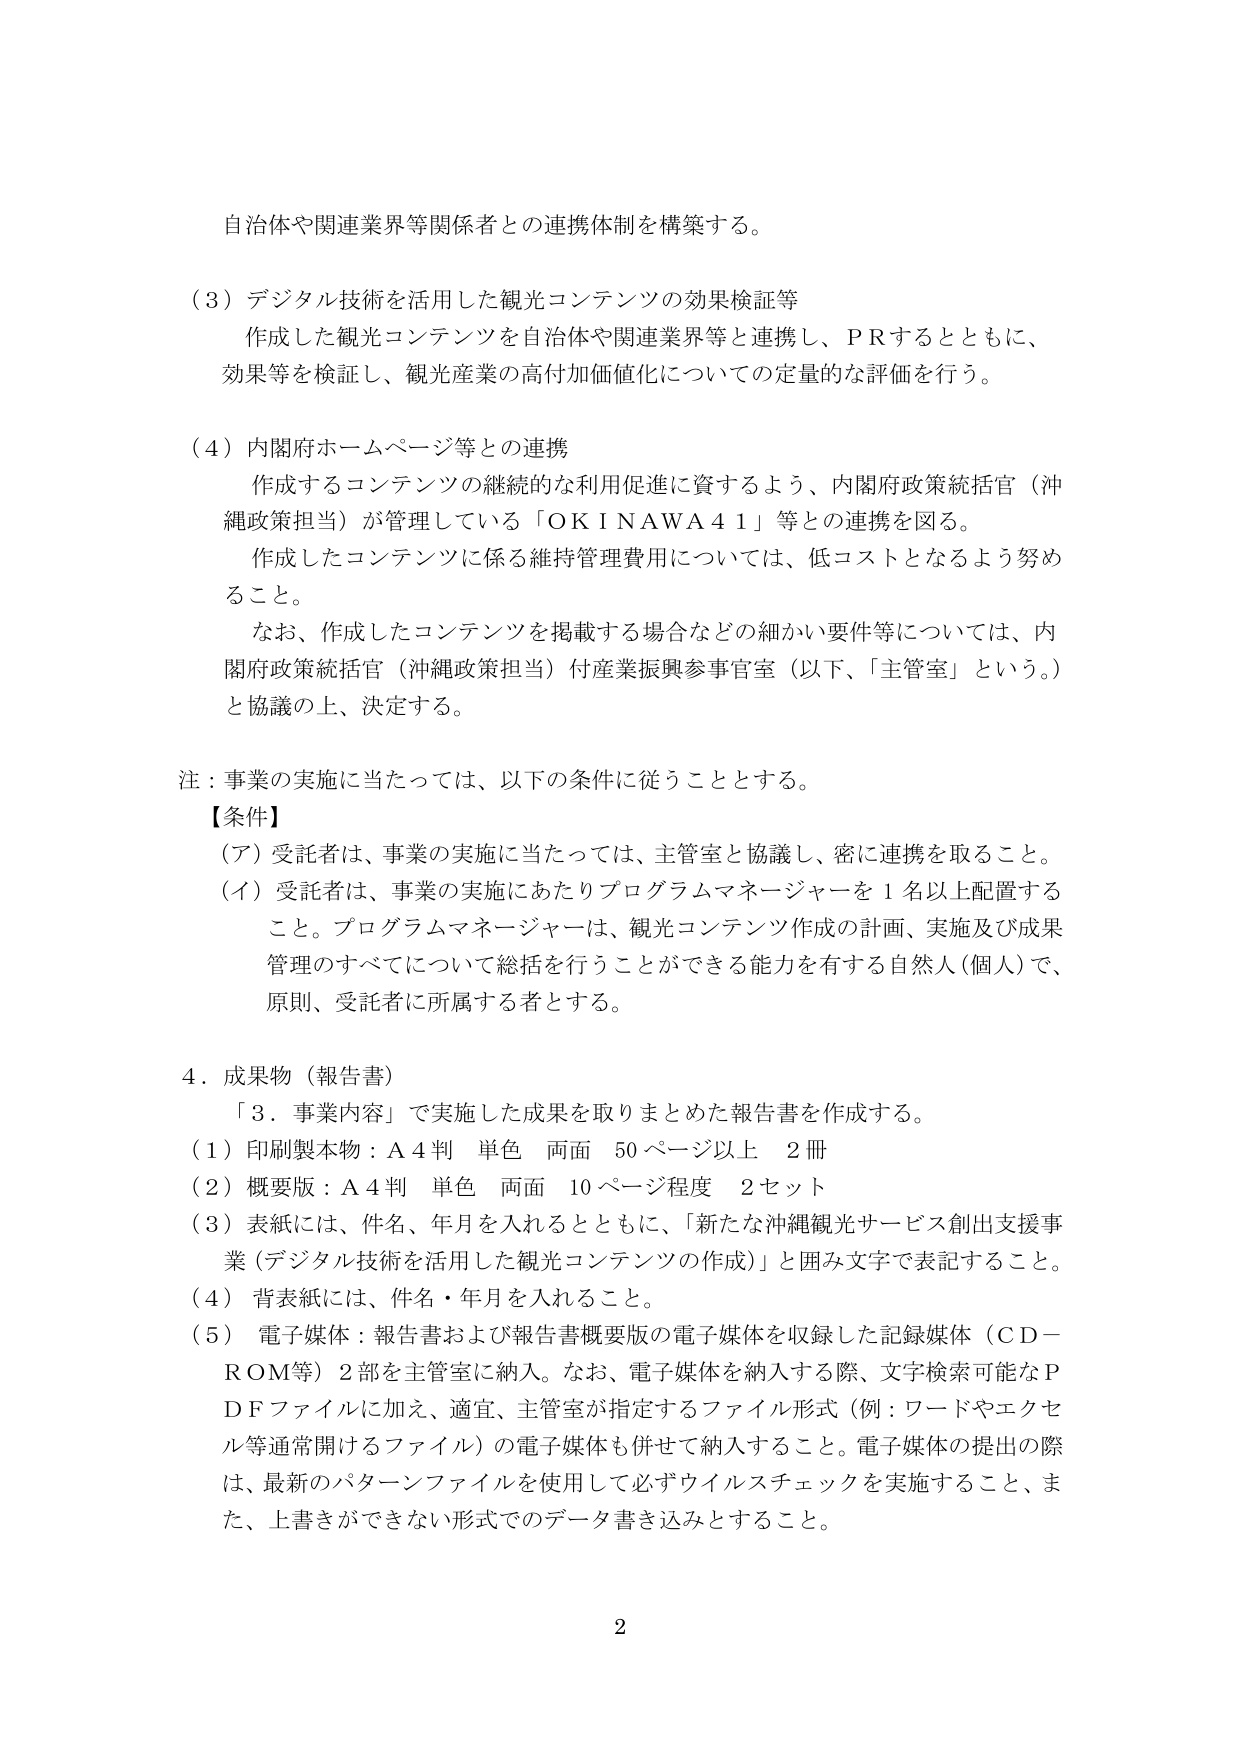
自治体や関連業界等関係者との連携体制を構築する。

（３）デジタル技術を活用した観光コンテンツの効果検証等
作成した観光コンテンツを自治体や関連業界等と連携し、ＰＲするとともに、
効果等を検証し、観光産業の高付加価値化についての定量的な評価を行う。

（４）内閣府ホームページ等との連携
作成するコンテンツの継続的な利用促進に資するよう、内閣府政策統括官（沖縄政策担当）が管理している「ＯＫＩＮＡＷＡ４１」等との連携を図る。
作成したコンテンツに係る維持管理費用については、低コストとなるよう努めること。
なお、作成したコンテンツを掲載する場合などの細かい要件等については、内閣府政策統括官（沖縄政策担当）付産業振興参事官室（以下、「主管室」という。）と協議の上、決定する。

注：事業の実施に当たっては、以下の条件に従うこととする。
【条件】
（ア）受託者は、事業の実施に当たっては、主管室と協議し、密に連携を取ること。
（イ）受託者は、事業の実施にあたりプログラムマネージャーを１名以上配置すること。プログラムマネージャーは、観光コンテンツ作成の計画、実施及び成果管理のすべてについて総括を行うことができる能力を有する自然人（個人）で、原則、受託者に所属する者とする。

４．成果物（報告書）
「３．事業内容」で実施した成果を取りまとめた報告書を作成する。
（１）印刷製本物：Ａ４判 単色 両面 50ページ以上 2冊
（２）概要版：Ａ４判 単色 両面 10ページ程度 2セット
（３）表紙には、件名、年月を入れるとともに、「新たな沖縄観光サービス創出支援事業（デジタル技術を活用した観光コンテンツの作成）」と囲み文字で表記すること。
（４）背表紙には、件名・年月を入れること。
（５）電子媒体：報告書および報告書概要版の電子媒体を収録した記録媒体（ＣＤ－ＲＯＭ等）2部を主管室に納入。なお、電子媒体を納入する際、文字検索可能なＰＤＦファイルに加え、適宜、主管室が指定するファイル形式（例：ワードやエクセル等通常開けるファイル）の電子媒体も併せて納入すること。電子媒体の提出の際は、最新のバターンファイルを使用して必ずウイルスチェックを実施すること、また、上書きができない形式でのデータ書き込みとすること。

2